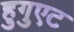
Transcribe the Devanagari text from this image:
हुगुएट